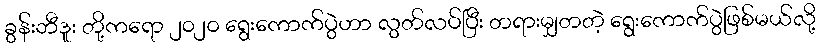
ခွန်းဘီဒူး တို့ကရော ၂၀၂၀ ရွေးကောက်ပွဲဟာ လွတ်လပ်ပြီး တရားမျှတတဲ့ ရွေးကောက်ပွဲဖြစ်မယ်လို့